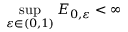
\operatorname* { s u p } _ { \ensuremath { \varepsilon } \in ( 0 , 1 ) } E _ { 0 , \ensuremath { \varepsilon } } < \infty